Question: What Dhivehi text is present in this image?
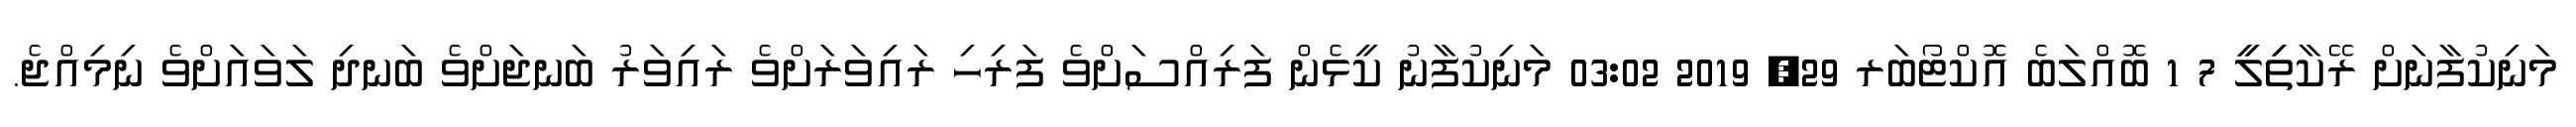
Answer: މަނިކުފާނަށް ރޭކާތިިލީީ 7 1 ބޮއްލަބެ އޮކްޓޯބަރ 29, 2019 03:02 މަނިކުފާނު ކީޅެން ފަރިއްސަށްވެ ފަރިހި ރައިވަރަށްވެ ރައިވަރު ބަނޖަށްވެ ބަނދި ލަވައަށްވެ ނިމިއްޖެ.